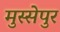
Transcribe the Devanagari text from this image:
मुस्सेपुर